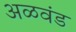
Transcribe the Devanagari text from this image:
अळवंड